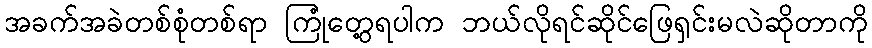
အခက်အခဲတစ်စုံတစ်ရာ ကြုံတွေ့ရပါက ဘယ်လိုရင်ဆိုင်ဖြေရှင်းမလဲဆိုတာကို